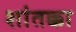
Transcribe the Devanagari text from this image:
शांतक्का